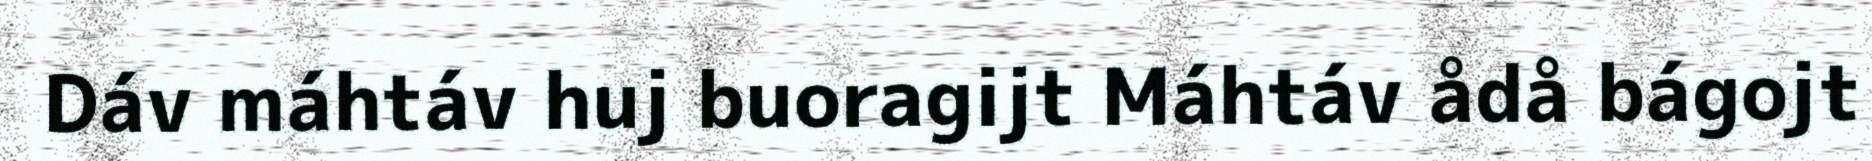
Dáv máhtáv huj buoragijt Máhtáv ådå bágojt